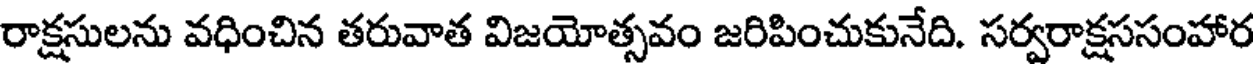
రాక్షసులను వధించిన తరువాత విజయోత్సవం జరిపించుకునేది. సర్వరాక్షససంహార